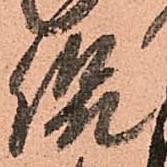
侃